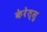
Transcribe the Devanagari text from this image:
केरेत्सु